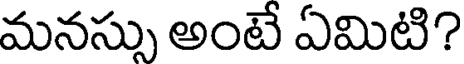
మనస్సు అంటే ఏమిటి?